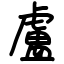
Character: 盧